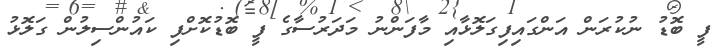
ފީ ބޮޑު ނުކުރަން އަންގައިފިގަލޮޅާއި މާފަންނު މަދަރުސާގެ ފީ ބޮޑުކޮށްފި ކައުންސިލުން ގަލޮޅު